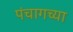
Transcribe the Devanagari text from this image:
पंचागच्या